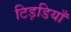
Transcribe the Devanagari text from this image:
टिड़डियाँ